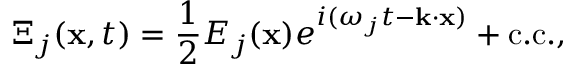
\Xi _ { j } ( \mathbf { x } , t ) = { \frac { 1 } { 2 } } E _ { j } ( \mathbf { x } ) e ^ { i ( \omega _ { j } t - \mathbf { k } \cdot \mathbf { x } ) } + { \mathrm { c . c . } } ,